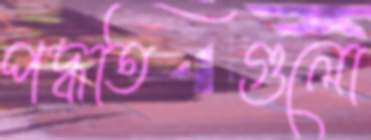
পদ্ধতিগুলো